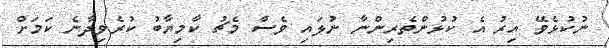
ނުކުޅެވޭ އިރު އެ ކުޅުންތެރިންނާ ނުލައި ވެސް މެޗު ކާމިޔާބު ކުރެވިދާނެ ކަމަށް